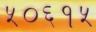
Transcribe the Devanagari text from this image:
५०६१५